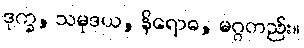
ဒုက္ခ, သမုဒယ, နိရောဓ, မဂ္ဂတည်း။